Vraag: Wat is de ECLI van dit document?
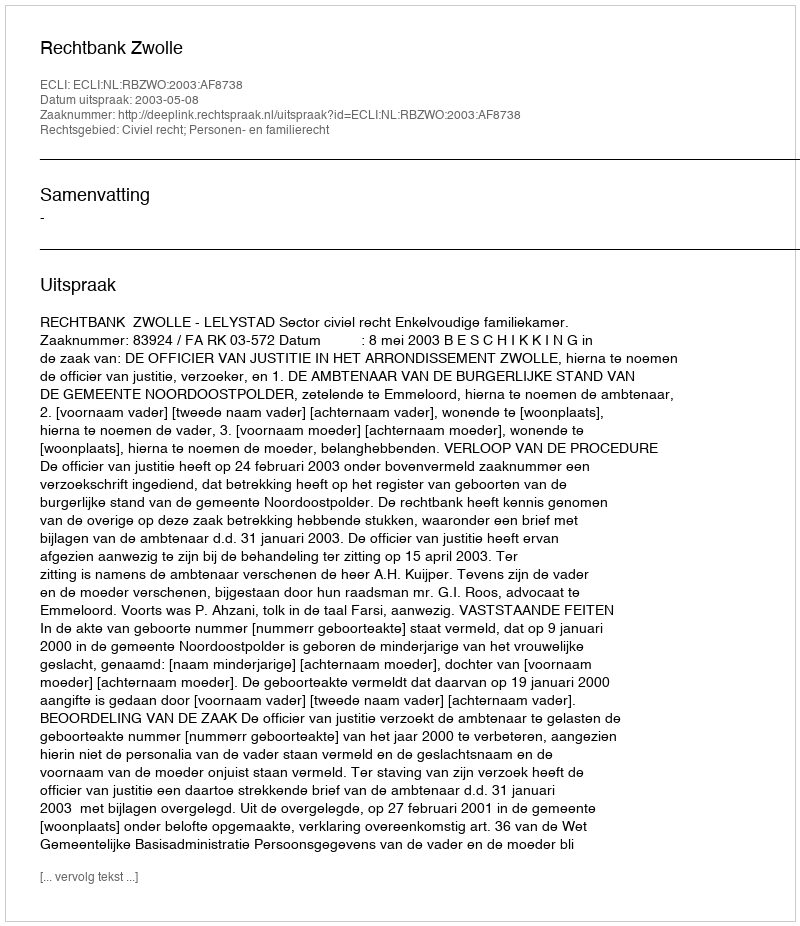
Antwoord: ECLI:NL:RBZWO:2003:AF8738